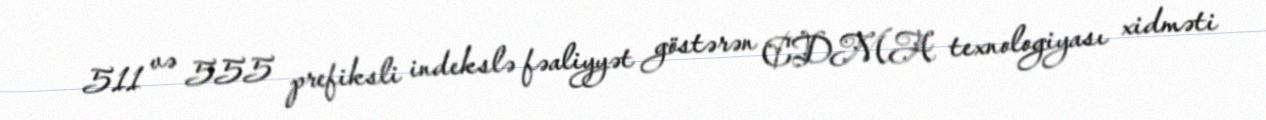
511 və 555 prefiksli indekslə fəaliyyət göstərən CDMA texnologiyası xidməti